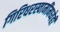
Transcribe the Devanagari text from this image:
गिरिधरस्वामींमध्येही